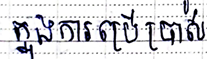
ក្នុងការប្រើប្រាស់